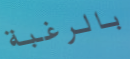
بالرغبة